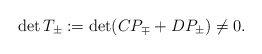
\begin{align*} \det T_{\pm} := \det(C P_{\mp} + D P_{\pm}) \ne 0.\end{align*}